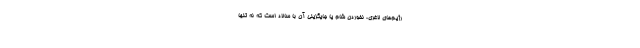
رژیم‌های لاغری، نخوردن شام یا جایگزینی آن با سالاد است که نه تنها